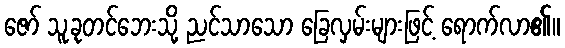
ဇော် သူ့ခုတင်ဘေးသို့ ညင်သာသော ခြေလှမ်းများဖြင့် ရောက်လာ၏။